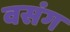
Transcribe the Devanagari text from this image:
वसंग